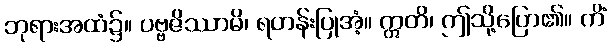
ဘုရားအထံ၌။ ပဗ္ဗဇိဿာမိ၊ ရဟန်းပြုအံ့။ ဣတိ၊ ဤသို့ပြော၏။ ကိံ